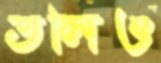
তলিও